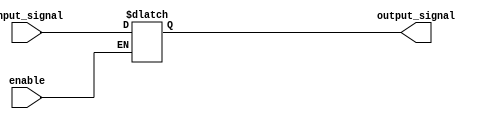
module buffer_enable(
    input wire input_signal,
    input wire enable,
    output reg output_signal
);

always @ (input_signal, enable) begin
    if (enable) begin
        output_signal <= input_signal;
    end
end

endmodule